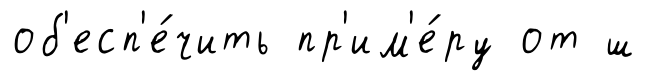
об'есп'е́чить пр'им'е́ру от ш